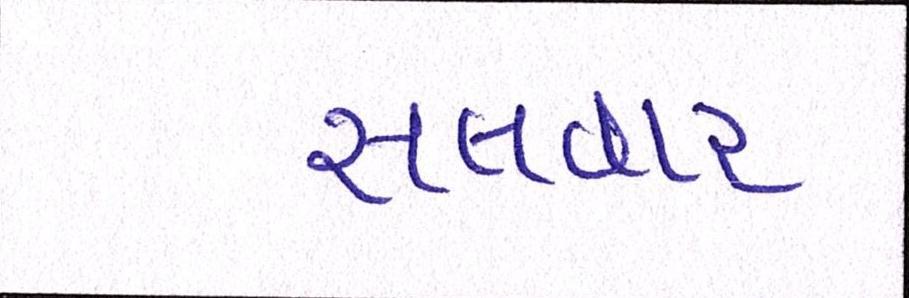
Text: સલવાર